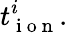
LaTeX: t_{\mathrm{~i~o~n~}}^{i}.